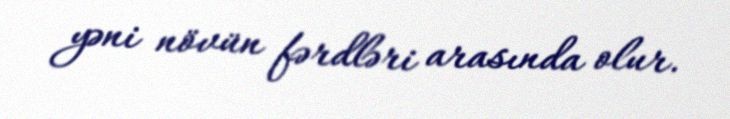
yəni növün fərdləri arasında olur.